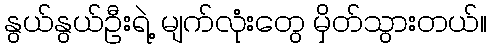
နွယ်နွယ်ဦးရဲ့ မျက်လုံးတွေ မှိတ်သွားတယ်။